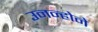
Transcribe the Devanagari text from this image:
उनन्होने